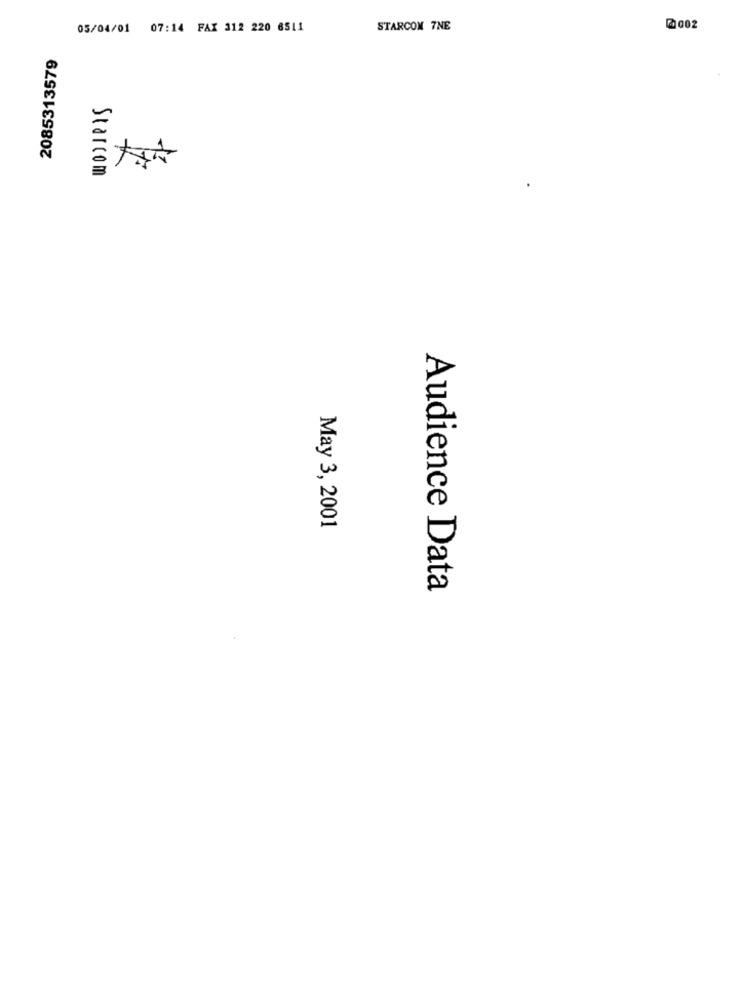
05/04/01 07:14 FAX 312 220 6511
STARCOM 7NE
0002
2085313579
Starcom
May 3, 2001
Audience Data